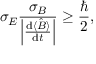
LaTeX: \sigma _ { E } { \frac { \sigma _ { B } } { \left| { \frac { \mathrm { d } \langle { \hat { B } } \rangle } { \mathrm { d } t } } \right| } } \geq { \frac { \hbar } { 2 } } ,